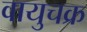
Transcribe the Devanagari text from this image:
वायुचक्र